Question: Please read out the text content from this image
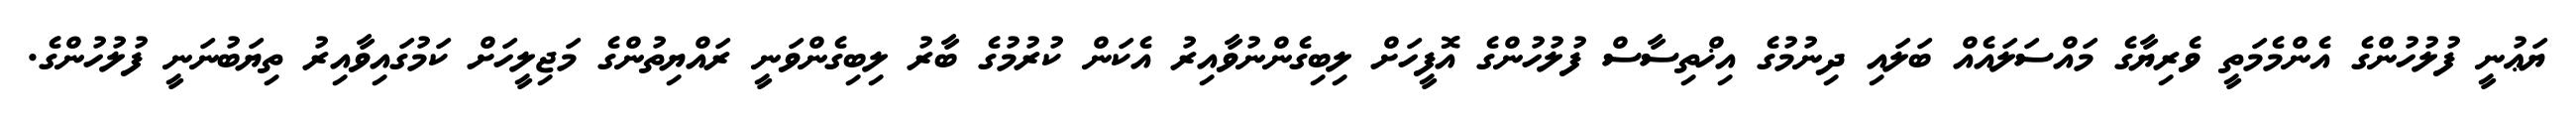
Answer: ޔަޢުނީ ފުލުހުންގެ އެންމެމަތީ ވެރިޔާގެ މައްސަލައެއް ބަލައި ދިނުމުގެ އިޚްތިސާސް ފުލުހުންގެ އޮފީހަށް ލިބިގެންނުވާއިރު އެކަން ކުރުމުގެ ބާރު ލިބިގެންވަނީ ރައްޔިތުންގެ މަޖިލީހަށް ކަމުގައިވާއިރު ތިޔަބުނަނީ ފުލުހުންގެ.